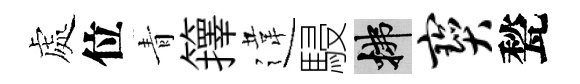
處位青籜違駸拂宝甃